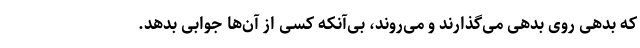
که بدهی روی بدهی می‌گذارند و می‌روند، بی‌آنکه کسی از آن‌ها جوابی بدهد.